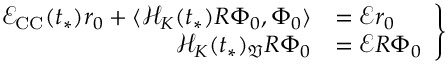
\left. \begin{array} { r l } { \mathcal { E } _ { \mathrm { C C } } ( t _ { * } ) r _ { 0 } + \langle \mathcal { H } _ { K } ( t _ { * } ) R \Phi _ { 0 } , \Phi _ { 0 } \rangle } & { = \mathcal { E } r _ { 0 } } \\ { \mathcal { H } _ { K } ( t _ { * } ) _ { \mathfrak { V } } R \Phi _ { 0 } } & { = \mathcal { E } R \Phi _ { 0 } } \end{array} \right\}